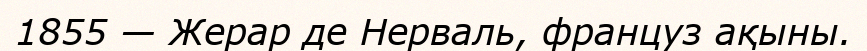
1855 — Жерар де Нерваль, француз ақыны.